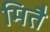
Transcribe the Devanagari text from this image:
मितै